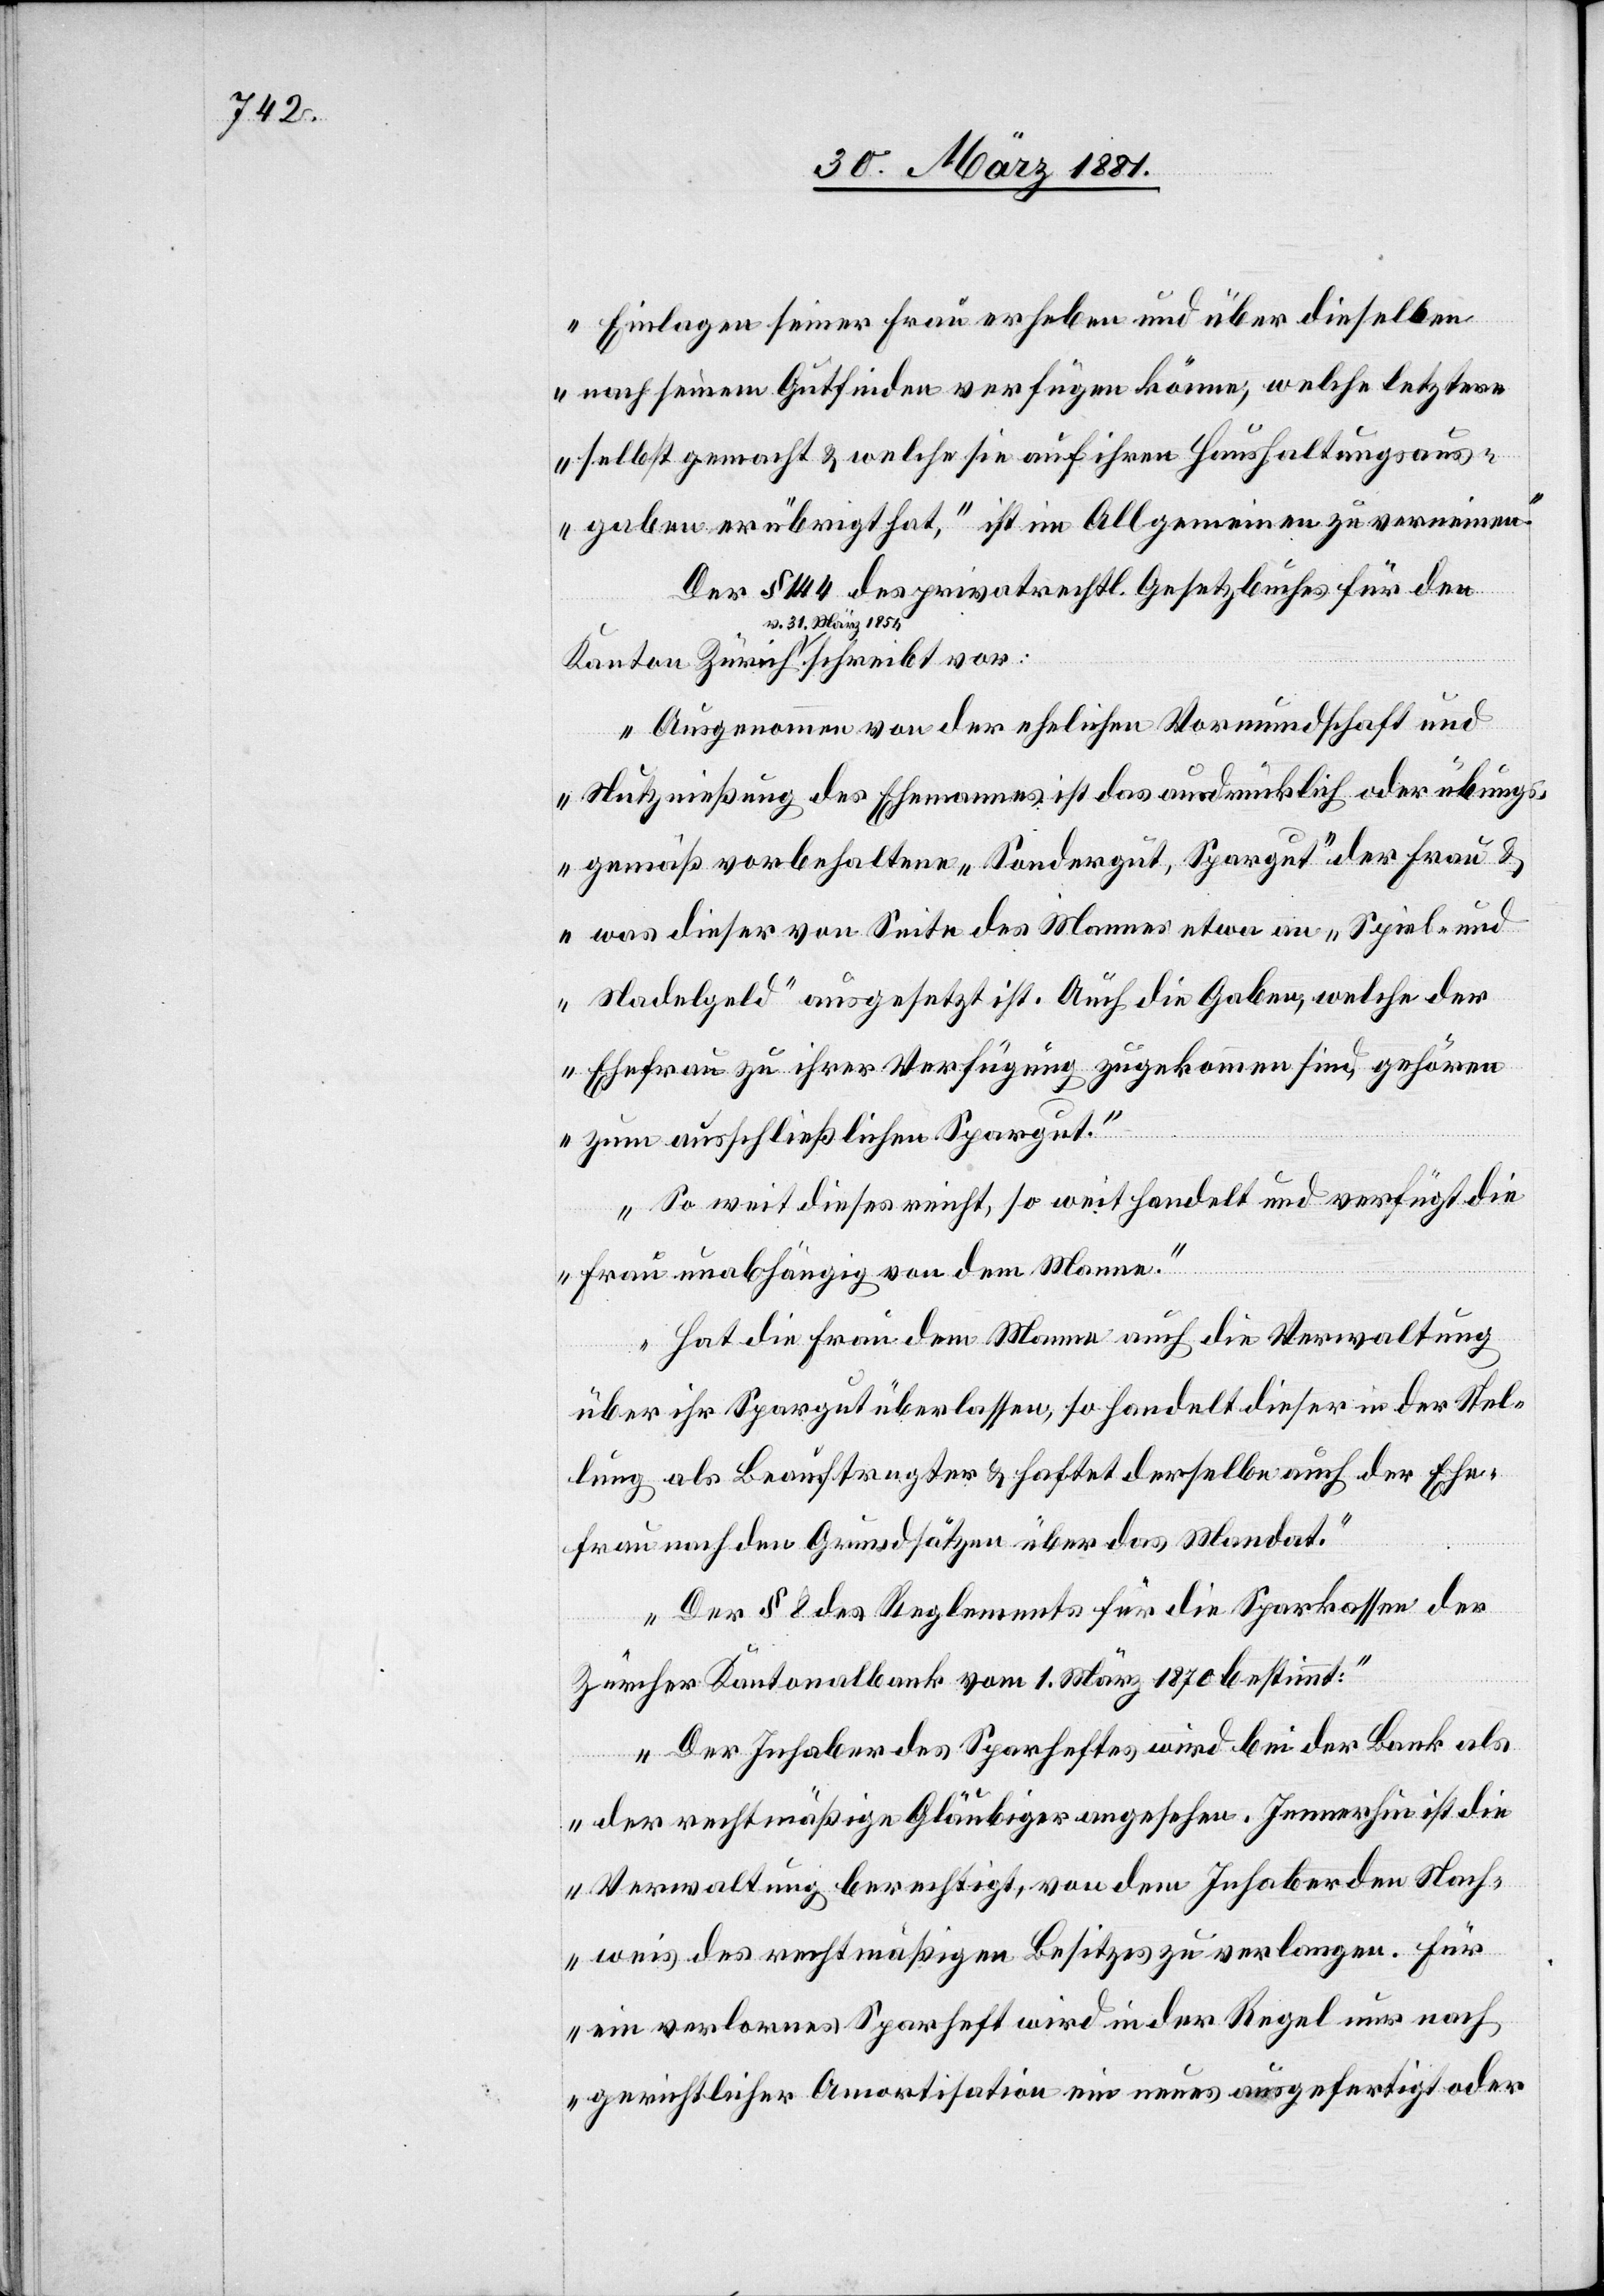
Einlagen seiner Frau erheben und über dieselben
nach seinem Gutfinden verfügen könne, welche letztere
selbst gemacht & welche sie auf ihren Haushaltungsaus¬
gaben erübrigt hat, ist im Allgemeinen zu verneinen.
vor:
Der § 144 des privatrechtl. Gesetzbuches für den
a-v. 31. März 1854-a
Ausgenommen von der ehelichen Vormundschaft und
Nutznießung des Ehemannes ist das ausdrücklich oder übungs¬
gemäß vorbehaltene „Sondergut, Spargut“ der Frau &
was dieser von Seite des Mannes etwa an „Spiel- und
Nadelgeld“ ausgesetzt ist. Auch die Gaben, welche der
Ehefrau zu ihrer Verfügung zugekommen sind, gehören
zum ausschließlichen Spargut.
Soweit dieses reicht, so weit handelt und verfügt die
Frau unabhängig von dem Manne.
Hat die Frau dem Manne auch die Verwaltung
über ihr Spargut überlassen, so handelt dieser in der Stel¬
lung als beauftragter & haftet derselbe auch der Ehe¬
frau nach den Grundsätzen über das Mandat.
Der § 8 des Reglements für die Sparkasse der
Zürcher Kantonalbank vom 1. März 1870 bestimmt:
Der Inhaber des Sparheftes wird bei der Bank als
der rechtmäßige Gläubiger angesehen. Immerhin ist die
Verwaltung berechtigt, von dem Inhaber den Nach¬
weis des rechtmäßigen Besitzers verlangen. Für
ein verlornes Sparheft wird in der Regel nur nach
gerichtlicher Amortisation ein neues ausgefertigt oder